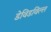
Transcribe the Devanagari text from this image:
डेविडविल्ल